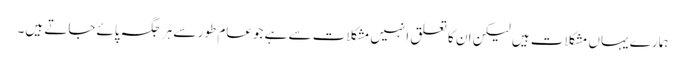
ہمارے یہاں مشکلات ہیں لیکن ان کا تعلق انہیں مشکلات سے ہے جوعام طور سے ہر جگہ پائےجاتے ہیں۔